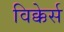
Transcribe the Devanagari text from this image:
विक्केर्स